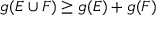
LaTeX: g ( E \cup F ) \geq g ( E ) + g ( F )